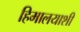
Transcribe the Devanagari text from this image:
हिमालयाशी